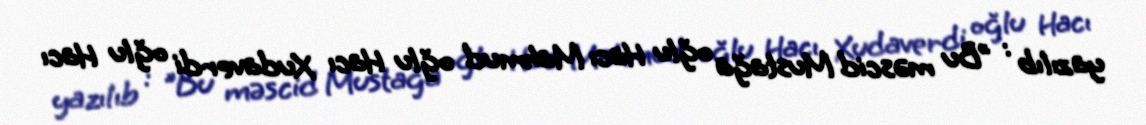
yazılıb : "Bu məscid Mustağa oğlu Hacı Mahmud oğlu Hacı Xudaverdi oğlu Hacı